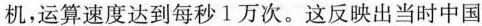
机，运算速度达到每秒1万次。这反映出当时中国